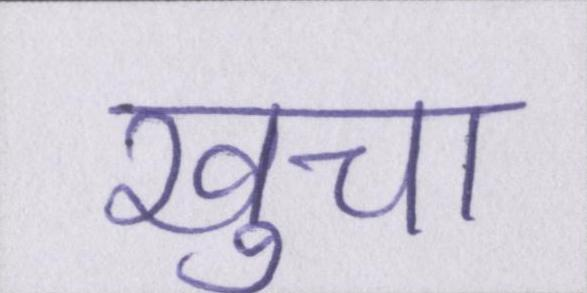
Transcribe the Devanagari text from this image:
खुचा